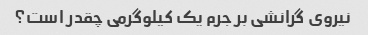
نیروی گرانشی بر جرم یک کیلوگرمی چقدر است؟